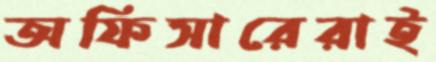
অফিসারেরাই